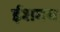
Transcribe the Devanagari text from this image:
ईशमय